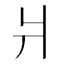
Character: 爿